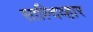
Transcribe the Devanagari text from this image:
साल्दिव्हार